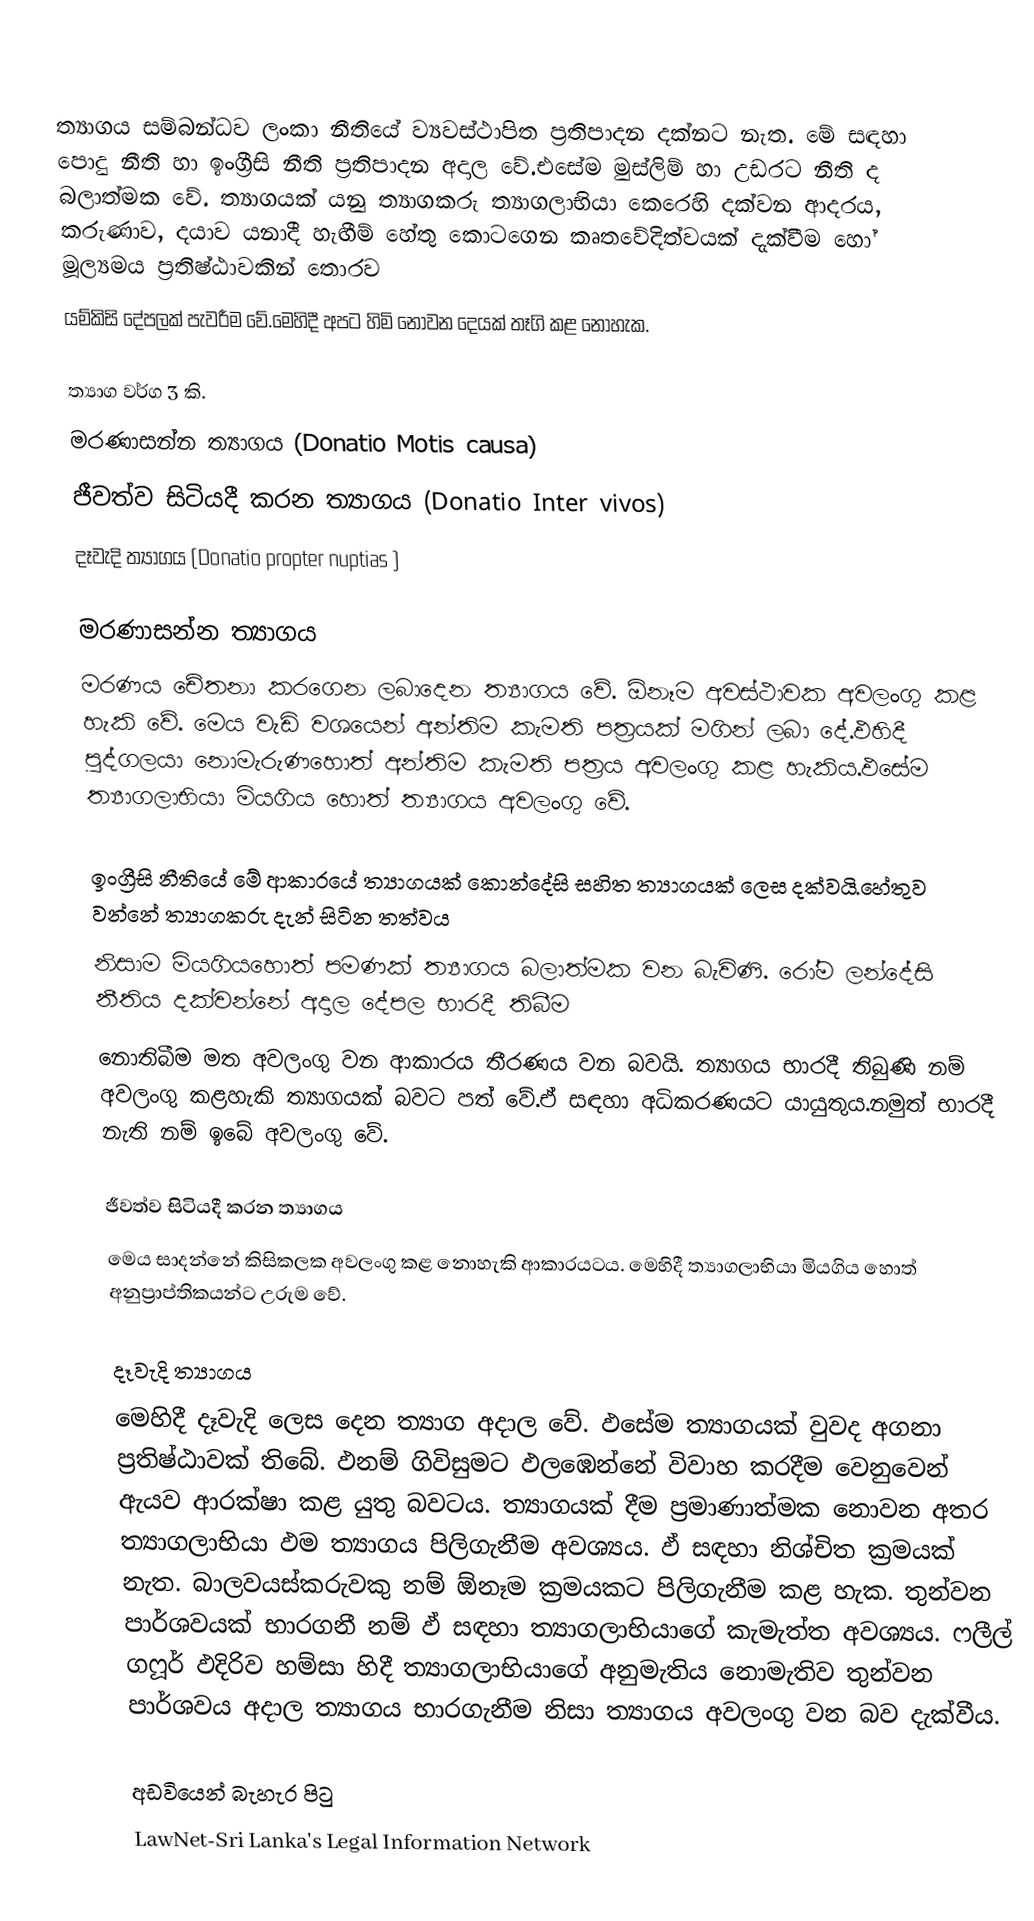

ත්‍යාගය සම්බන්ධව ලංකා නීතියේ ව්‍යවස්ථාපිත ප්‍රතිපාදන දක්නට නැත. ‍මේ සඳහා පොදු නීති හා ඉංග්‍රීසි නීති ප්‍රතිපාදන අදාල ‍‍වේ.එසේම මුස්ලිම් හා උඩරට නීති ද බලාත්මක වේ. ත්‍යාගයක් යනු ත්‍යාගකරු ත්‍යාගලාභියා‍ කෙරෙහි දක්වන ආදරය‍, කරුණාව, දයාව යනාදී හැඟීම් හේතු කොටගෙන කෘතවේදිත්වයක් දැක්වීම හෝ මූල්‍යමය ප්‍රතිෂ්ඨාවකින් තොරව
යම්කිසි දේපලක් පැවරීම වේ.මෙහිදී අපට හිමි නොවන දෙයක් තෑගි කළ නොහැක.

ත්‍යාග වර්ග 3 කි.
මරණාසන්න ත්‍යාගය (Donatio Motis causa)
ජීවත්ව සිටියදී කරන ත්‍යාගය (Donatio Inter vivos)
දෑවැදි ත්‍යාගය (Donatio propter nuptias )

මරණාසන්න ත්‍යාගය
මරණය චේතනා කරගෙන ලබාදෙන ත්‍යාගය වේ. ඕනෑම අවස්ථාවක අවලංගු කළ හැකි වේ. මෙය වැඩි වශයෙන් අන්තිම කැමති පත්‍රයක් මගින් ලබා දේ.ඵහිදී පුද්ගලයා නොමැරුණහොත් අන්තිම කැමති පත්‍රය අවලංගු කළ හැකිය.ඵසේම ත්‍යාගලාභියා මියගිය හොත් ත්‍යාගය අවලංගු වේ.

ඉංග්‍රීසි නීතියේ මේ ආකාරයේ ත්‍යාගයක් කොන්දේසි සහිත ත්‍යාගයක් ලෙස දක්වයි.හේතුව වන්නේ ත්‍යාගකරු දැන් සිටින තත්වය
නිසාම මියගියහොත් පමණක් ත්‍යාගය බලාත්මක වන බැවිණි. රෝම ලන්දේසි නීතිය දක්වන්නේ අදාල දේපල භාරදී තිබීම
නොතිබීම මත අවලංගු වන ආකාරය තීරණය වන බවයි. ත්‍යාගය භාරදී තිබුණි නම් අවලංගු කළහැකි ත්‍යාගයක් බවට පත් වේ.ඒ සඳහා අධිකරණයට යායුතුය.නමුත් භාරදී නැති නම් ඉබේ අවලංගු වේ.

ජීවත්ව සිටියදී කරන ත්‍යාගය
මෙය සාදන්නේ කිසිකලක අවලංගු කළ නොහැකි ආකාරයටය. මෙහිදී ත්‍යාගලාභියා මියගිය හොත් අනුප්‍රාප්තිකයන්ට උරුම වේ.

දෑවැදි ත්‍යාගය
මෙහිදී දෑවැදි ලෙස දෙන ත්‍යාග අදාල වේ. ඵසේම ත්‍යාගයක් වුවද අගනා ප්‍රතිෂ්ඨාවක් තිබේ. ඵනම් ගිවිසුමට ඵලඹෙන්නේ විවාහ කරදීම වෙනුවෙන් ඇයව ආරක්ෂා කළ යුතු බවටය. ත්‍යාගයක් දීම ප්‍රමාණාත්මක නොවන අතර ත්‍යාගලාභියා ඵම ත්‍යාගය පිලිගැනීම අවශ්‍යය. ඵ් සඳහා නිශ්චිත ක්‍රමයක් නැත. බාලවයස්කරුවකු නම් ඕනෑම ක්‍රමයකට පිලිගැනීම කළ හැක. තුන්වන පාර්ශවයක් භාරගනී නම් ඵ් සඳහා ත්‍යාගලාභියාගේ කැමැත්ත අවශ්‍යය. ‍‍ෆලීල් ගෆූර් ඵදිරිව හම්සා හිදී ත්‍යාගලාභියාගේ අනුමැතිය නොමැතිව තුන්වන පාර්ශවය අදාල ත්‍යාගය භාරගැනීම නිසා ත්‍යාගය අවලංගු වන බව දැක්වීය.

අඩවියෙන් බැහැර පිටු
LawNet-Sri Lanka's Legal Information Network